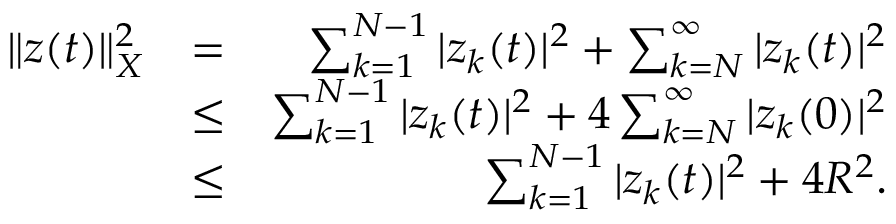
\begin{array} { r l r } { \| z ( t ) \| _ { X } ^ { 2 } } & { = } & { \sum _ { k = 1 } ^ { N - 1 } | z _ { k } ( t ) | ^ { 2 } + \sum _ { k = N } ^ { \infty } | z _ { k } ( t ) | ^ { 2 } } \\ & { \leq } & { \sum _ { k = 1 } ^ { N - 1 } | z _ { k } ( t ) | ^ { 2 } + 4 \sum _ { k = N } ^ { \infty } | z _ { k } ( 0 ) | ^ { 2 } } \\ & { \leq } & { \sum _ { k = 1 } ^ { N - 1 } | z _ { k } ( t ) | ^ { 2 } + 4 R ^ { 2 } . } \end{array}